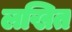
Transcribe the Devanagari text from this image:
लखित